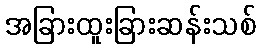
အခြားထူးခြားဆန်းသစ်